Scottish Leaving Certificate Examination, 1952
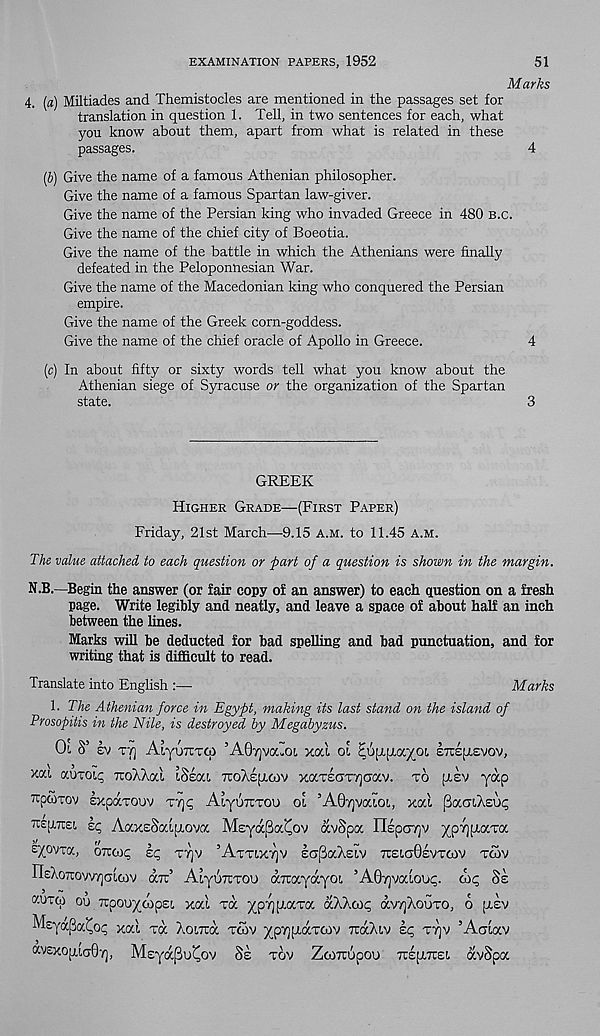
EXAMINATION PAPERS, 1952
51
Marks
4. (a) Miltiades and Themistocles are mentioned in the passages set for
translation in question 1. Tell, in two sentences for each, what
you know about them, apart from what is related in these
4
passages.
(J) Give the name of a famous Athenian philosopher.
Give the name of a famous Spartan law-giver.
Give the name of the Persian king who invaded Greece in 480 b.c.
Give the name of the chief city of Boeotia.
Give the name of the battle in which the Athenians were finally
defeated in the Peloponnesian War.
Give the name of the Macedonian king who conquered the Persian
empire.
Give the name of the Greek corn-goddess.
Give the name of the chief oracle of Apollo in Greece.
4
(c) In about fifty or sixty words tell what you know about the
Athenian siege of Syracuse or the organization of the Spartan
state.
3
GREEK
Higher Grade—(First Paper)
Friday, 21st March—9.15 a.m. to 11.45 a.m.
The value attached to each question or part of a question is shown in the margin.
N.B.—Begin the answer (or fair copy of an answer) to each question on a fresh
page. Write legibly and neatly, and leave a space of about half an inch
between the lines.
Marks will be deducted for bad spelling and bad punctuation, and for
writing that is difficult to read.
Translate into English :—
Marks
1. The Athenian force in Egypt, making its last stand on the island of
Prosopitis in the Nile, is destroyed by Megabyzus.
01 S’ ev T7] AiyUTITCp ’A07]Va u O(. xocl 01 ^UfTfra/OL 871E(J,£V0V,
xai auTOiq iroAXai t&eca ttoAe^cov xorrecnrijcrav. to [rev y^P
Epcoxov sxparouv Tijq AiyurtTOi) ol ’A07]vaiOL, xal PacnAeuq
rap/m kc, AaxeSaiji-ova Msyapa^ov avSpa IlepcnQv yp7)[xaToc
zjf'Jm, OTcmq ec, tt)v ’Attlxtjv lupaXsiv toktOevtcov tcov
nsXoTcow/jcxcov air’ AiyuTCTOU darayayo!, ’A0i)vouoot;.
Ss
<xvexoji,ia0y), Meyapu^ov &s tov Zcojcupoo Treprei. avSpa